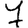
Digit: 7